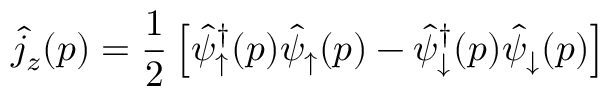
\hat { j } _ { z } ( p ) = \frac { 1 } { 2 } \left[ \hat { \psi } _ { \uparrow } ^ { \dagger } ( p ) \hat { \psi } _ { \uparrow } ( p ) - \hat { \psi } _ { \downarrow } ^ { \dagger } ( p ) \hat { \psi } _ { \downarrow } ( p ) \right]